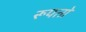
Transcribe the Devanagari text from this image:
रूपतो